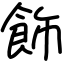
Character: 飾